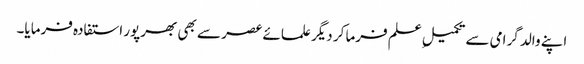
اپنے والد گرامی سے تکمیلِ علم فرما کر دیگر علمائے عصر سے بھی بھرپور استفادہ فرمایا۔